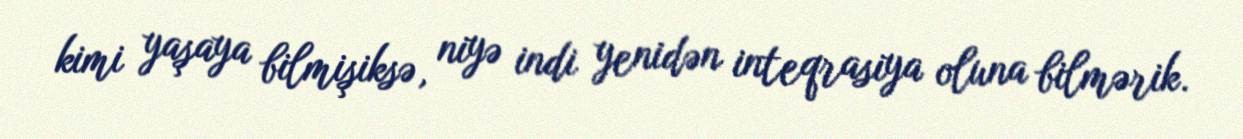
kimi yaşaya bilmişiksə, niyə indi yenidən inteqrasiya oluna bilmərik.